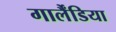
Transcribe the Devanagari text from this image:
गार्लैंडिया